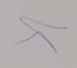
Signature authenticity: genuine